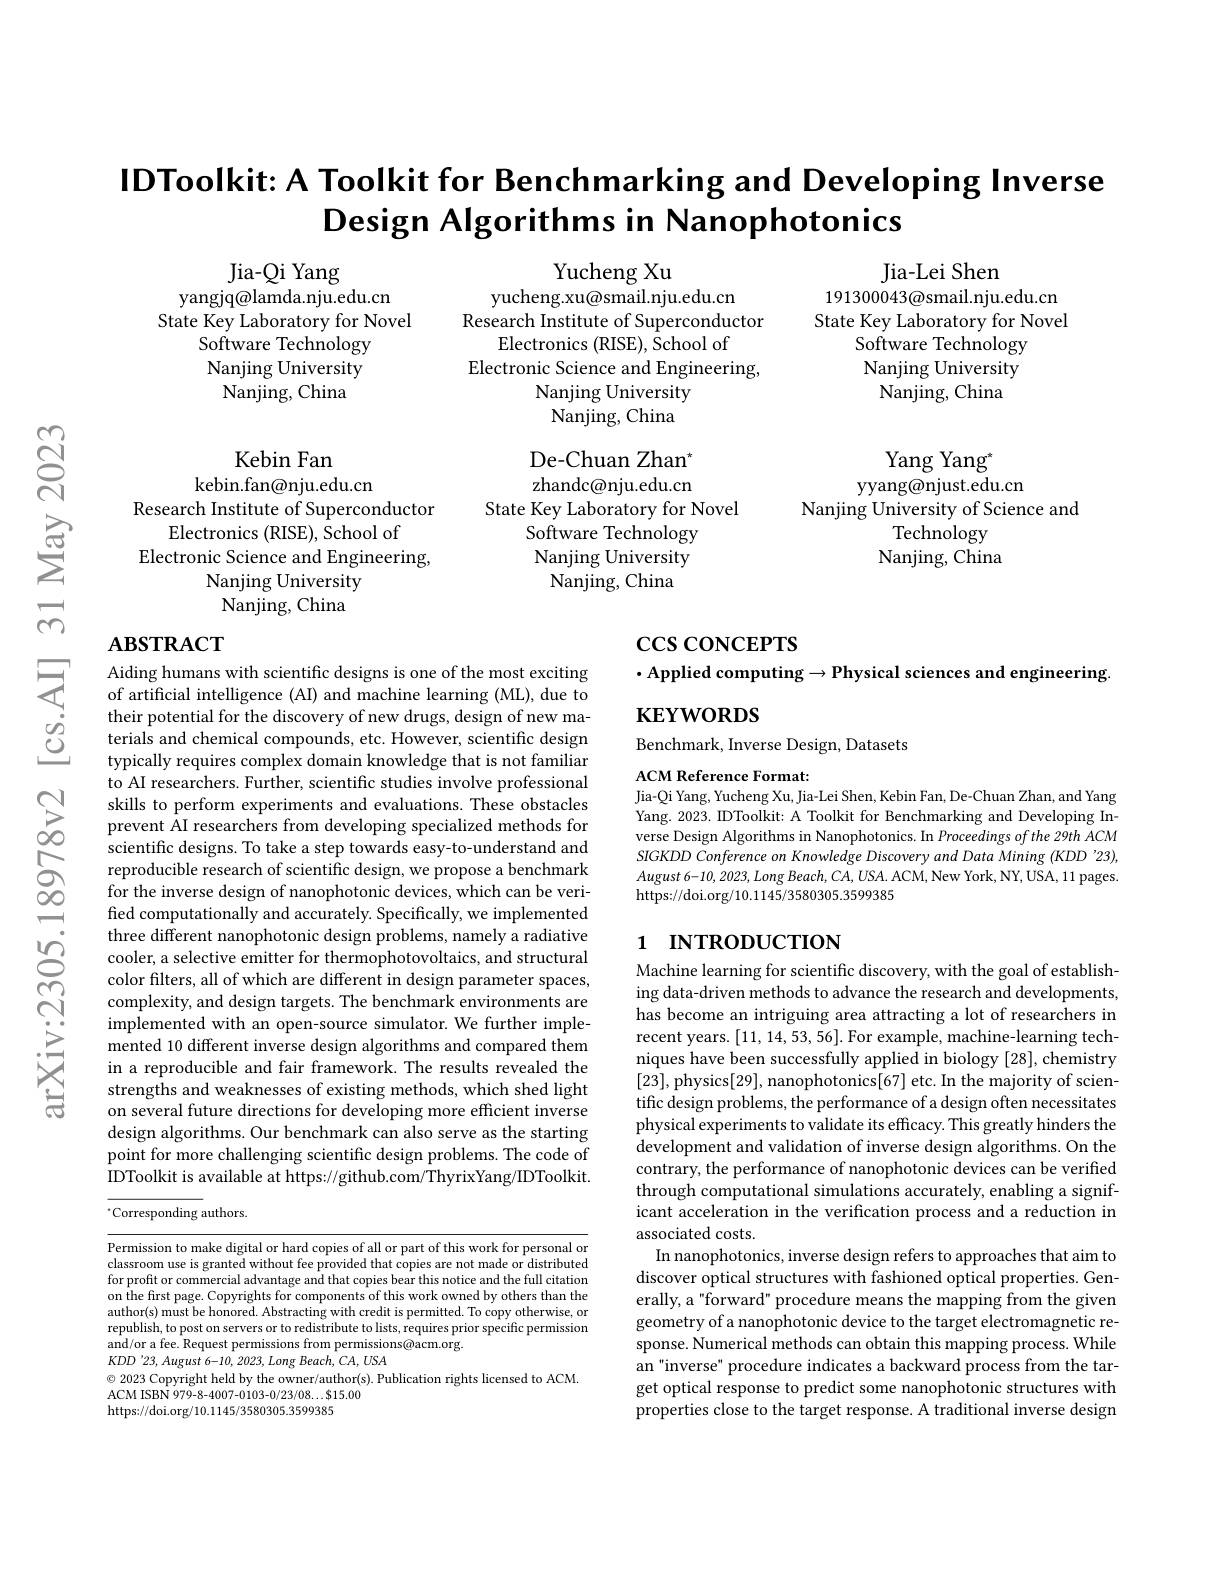
$હં$

# IDToolkit: A Toolkit for Benchmarking and Developing Inverse Design Algorithms in Nanophotonics

Jia-Qi Yang
yangjq@lamda.nju.edu.cn
State Key Laboratory for Novel
${\mathrm{Software~Technology}}$ Nanjing University Nanjing, China

Jia-Lei Shen
191300043@smail.nju.edu.cn State Key Laboratory for Novel
Software Technology Nanjing University Nanjing, China

Yucheng Xu
yucheng.xu@smail.nju.edu.cn
Research Institute of Superconductor
Electronics (RISE), School of
Electronic Science and Engineering,
Nanjing University Nanjing, China

Yang Yang$^*$
yyang@njust.edu.cn
Nanjing University of Science and
Technology Nanjing, China

De-Chuan Zhan$^*$ zhandc@nju.edu.cn
State Key Laboratory for Novel
Software Technology Nanjing University Nanjing, China

Kebin Fan
kebin.fan@nju.edu.cn
Research Institute of Superconductor
Electronics (RISE), School of
Electronic Science and Engineering,
Nanjing University Nanjing, China

$\csc\cos$coNCEPTS

## ABSTRACT $\begin{array}{lll}\text{ Aiding humans with scientific designs is one of the most exciting}\\\text{ of artificial intelligence (AI) and machine learning (ML), due to}\end{array}$

### $\cdot$Applied computing$\to$Physical sciences and engineering $\mathbf{KEYWORDS}$

Benchmark, Inverse Design, Datasets

ACM Reference Format:
Jia-Qi Yang, Yucheng Xu, Jia-Lei Shen, Kebin Fan, De-Chuan Zhan, and Yang Yang. 2023. IDToolkit: A Toolkit for Benchmarking and Developing Inverse Design Algorithms in Nanophotonics. In Proceedings ofthe 29th ACM SIGKDD Conference on Knowledge Discovery and Data Mining (KDD '23), August 6-10,2023, Long $Beach$, $CA$, $USA.$ $ACM$, New York, NY, USA, 11 pages. https: / / doi. org/ 10. 1145/ 3580305. 3599385

their potential for the discovery of new drugs, design of new materials and chemical compounds, etc. However, scientific design typically requires complex domain knowledge that is not familiar to AI researchers. Further, scientific studies involve professional
$\sum _{\infty }^{\infty }$ skills to perform experiments and evaluations. These obstacles$\sum _{\infty }^{\infty }$ prevent AI researchers from developing specialized methods for
scientific designs. To take a step towards easy-to-understand and reproducible research of scientific design, we propose a benchmark for the inverse design of nanophotonic devices, which can be verified computationally and accurately. Specifically, we implemented three different nanophotonic design problems, namely a radiative cooler, a selective emitter for thermophotovoltaics, and structural color filters, all of which are different in design parameter spaces, complexity, and design targets. The benchmark environments are implemented with an open-source simulator. We further implemented 10 different inverse design algorithms and compared them in a reproducible and fair framework. The results revealed the strengths and weaknesses of existing methods, which shed light on several future directions for developing more efficient inverse design algorithms. Our benchmark can also serve as the starting point for more challenging scientific design problems. The code of IDToolkit is available at https://github.com/ThyrixYang/IDToolkit

## 1 INTRODUCTION

Machine learning for scientific discovery, with the goal of establishing data-driven methods to advance the research and developments, has become an intriguing area attracting a lot of researchers in recent years. [11,14,53,56]. For example, machine-learning techniques have been successfully applied in biology [28], chemistry [23],physics[29],nanophotonics[67] etc. In the majority of scientific design problems, the performance of a design often necessitates physical experiments to validate its efficacy. This greatly hinders the development and validation of inverse design algorithms. On the contrary, the performance of nanophotonic devices can be verified through computational simulations accurately, enabling a significant acceleration in the verification process and a reduction in associated costs.
In nanophotonics, inverse design refers to approaches that aim to discover optical structures with fashioned optical properties. Generally, a"forward" procedure means the mapping from the given geometry of a nanophotonic device to the target electromagnetic response. Numerical methods can obtain this mapping process. While an "inverse" procedure indicates a backward process from the target optical response to predict some nanophotonic structures with properties close to the target response. A traditional inverse design

$^{*}$Corresponding authors.

Permission to make digital or hard copies of all or part of this work for personal or classroom use is granted without fee provided that copies are not made or distributed for profit or commercial advantage and that copies bear this notice and the full citation on the first page. Copyrights for components of this work owned by others than the author(s) must be honored. Abstracting with credit is permitted. To copy otherwise, or republish, to post on servers or to redistribute to lists, requires prior specific permission and/or a fee. Request permissions from permissions@acm.org.
$KDD^{\prime}23,August$ 6-10, 2023, Long Beach, CA, USA
$\odot$ 2023 Copyright held by the owner/author(s). Publication rights licensed to ACM.
ACM ISBN 979-8-4007-0103-0/23/08...$15.00
https://doi.org/10.1145/3580305.3599385